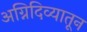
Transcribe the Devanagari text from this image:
अग्निदिव्यातून